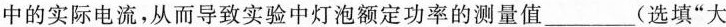
中的实际电流，从而导致实验中灯泡额定功率的测量值___(选填”大